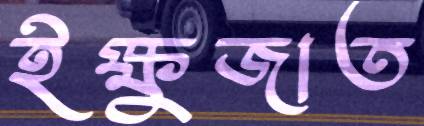
ইক্ষুজাত